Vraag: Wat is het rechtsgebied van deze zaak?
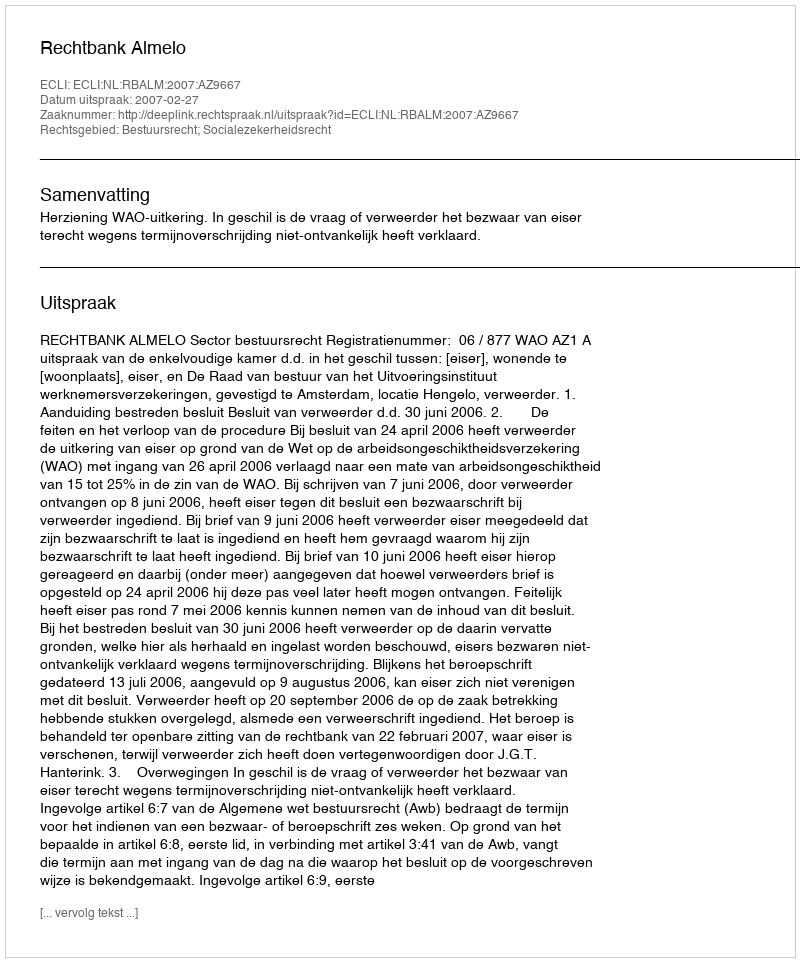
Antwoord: Bestuursrecht; Socialezekerheidsrecht